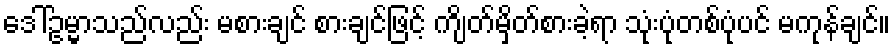
ဒေါ်ဥမ္မာသည်လည်း မစားချင် စားချင်ဖြင့် ကျိတ်မှိတ်စားခဲ့ရာ သုံးပုံတစ်ပုံပင် မကုန်ချင်။